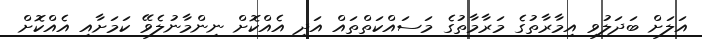
އަލަށް ބަދަލުވި އިމާރާތުގެ މަރާމާތުގެ މަސައްކަތްތައް އަދި އެއްކޮށް ނިންމާނުލެވޭ ކަމަށާއި އެއްކޮށް